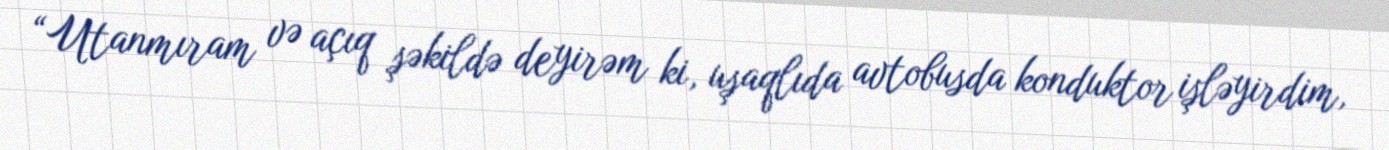
“Utanmıram və açıq şəkildə deyirəm ki, uşaqlıda avtobusda konduktor işləyirdim,